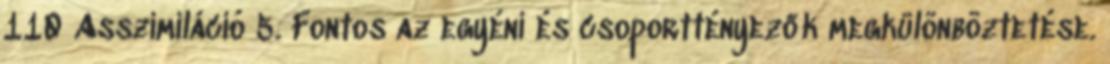
110 Asszimiláció 5. Fontos az egyéni és csoporttényezők megkülönböztetése.